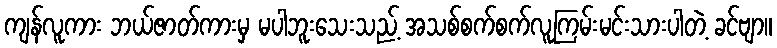
ကျန်လူကား ဘယ်ဇာတ်ကားမှ မပါဘူးသေးသည့် အသစ်စက်စက်လူကြမ်းမင်းသားပါတဲ့ ခင်ဗျာ။